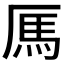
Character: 𫨑